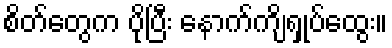
စိတ်တွေက ပိုပြီး နောက်ကျိရှုပ်ထွေး။